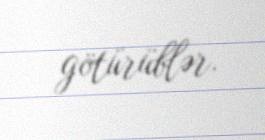
götürüblər.